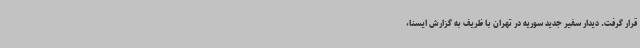
قرار گرفت. دیدار سفیر جدید سوریه در تهران با ظریف به گزارش ایسنا،